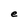
Character: e